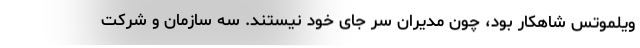
ویلموتس شاهکار بود، چون مدیران سر جای خود نیستند. سه سازمان و شرکت